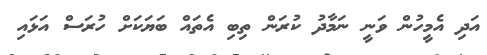
އަދި އެމީހުން ވަނީ ނަމާދު ކުރަން ތިބި އެތައް ބަޔަކަށް ހުރަސް އަޅައި